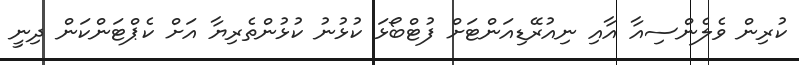
ކުރިން ވެލެންސިއާ އާއި ނިއުރޭޑިއަންޓަށް ފުޓްބޯޅަ ކުޅުނު ކުޅުންތެރިޔާ އަށް ކެޕްޓަންކަން ދިނީ